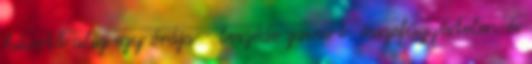
hívott alig egy órája - beszéde zavart, összefüggéstelen és